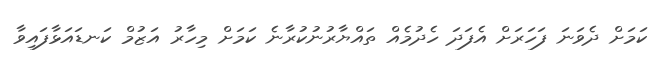
ކަމަށް ދެވަނަ ފަހަރަށް އެފަދަ ހެދުމެއް ތައްޔާރުނުކުރާނެ ކަމަށް މިހާރު އަޒުމް ކަނޑައަޅާފައިވާ